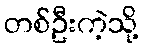
တစ်ဦးကဲ့သို့